65_HS1-834228961_62-HQ-83894_Section_4
Agency: FBI
Page 26
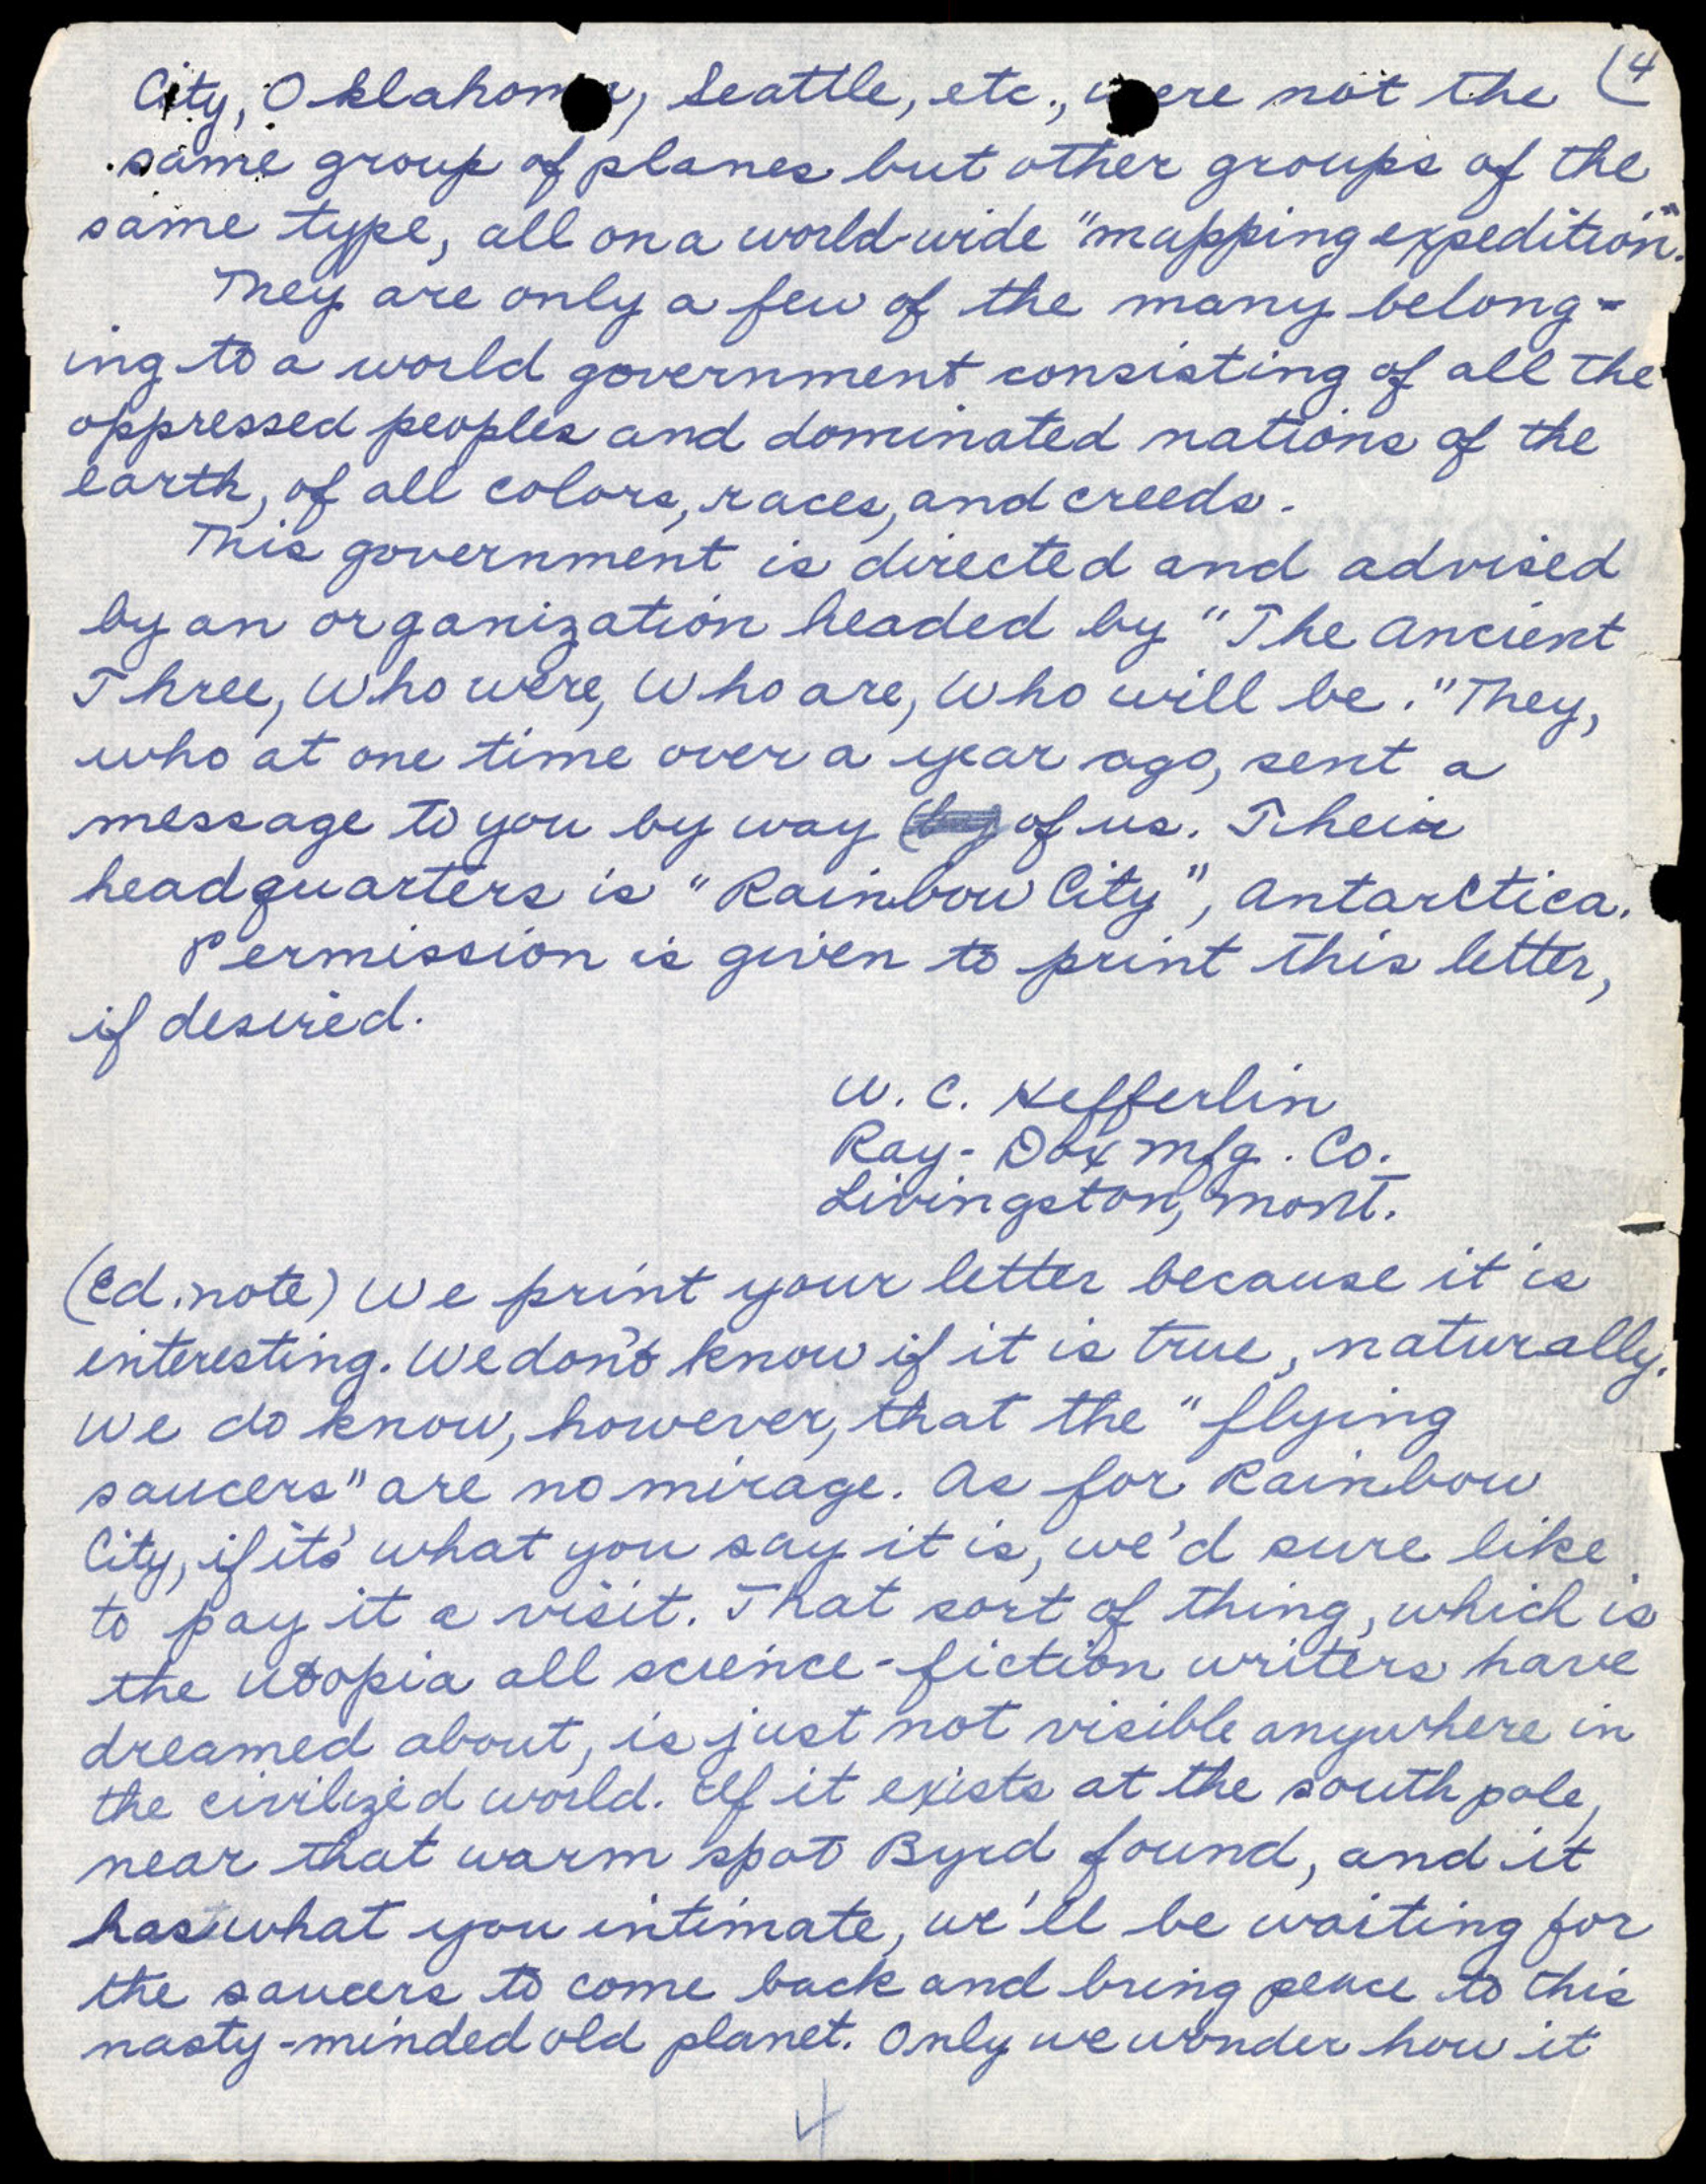